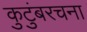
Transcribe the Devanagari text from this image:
कुटुंबरचना